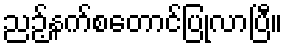
ညဉ့်နက်စတောင်ပြုလာပြီ။